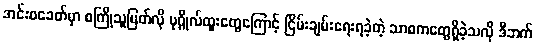
အင်းဝခေတ်မှာ စကြိုသူမြတ်လို ပုဂ္ဂိုလ်ထူးတွေကြောင့် ငြိမ်းချမ်းရေးရခဲ့တဲ့ သာဓကတွေရှိခဲ့သလို ဒီဘက်